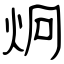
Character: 炯